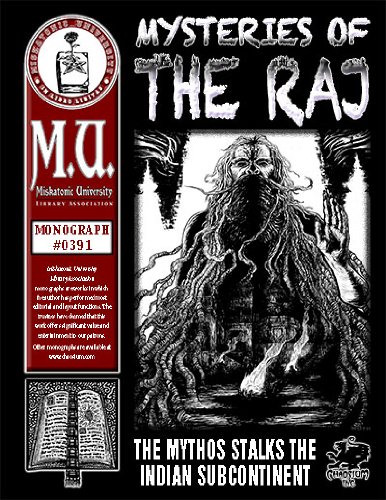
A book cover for Mysteries of the Raj: The Mythos Stalks the Indian Subcontinent (M.U. Library Assn. monograph, Call of Cthulhu #0391); Michael J. Daumen; Science Fiction & Fantasy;